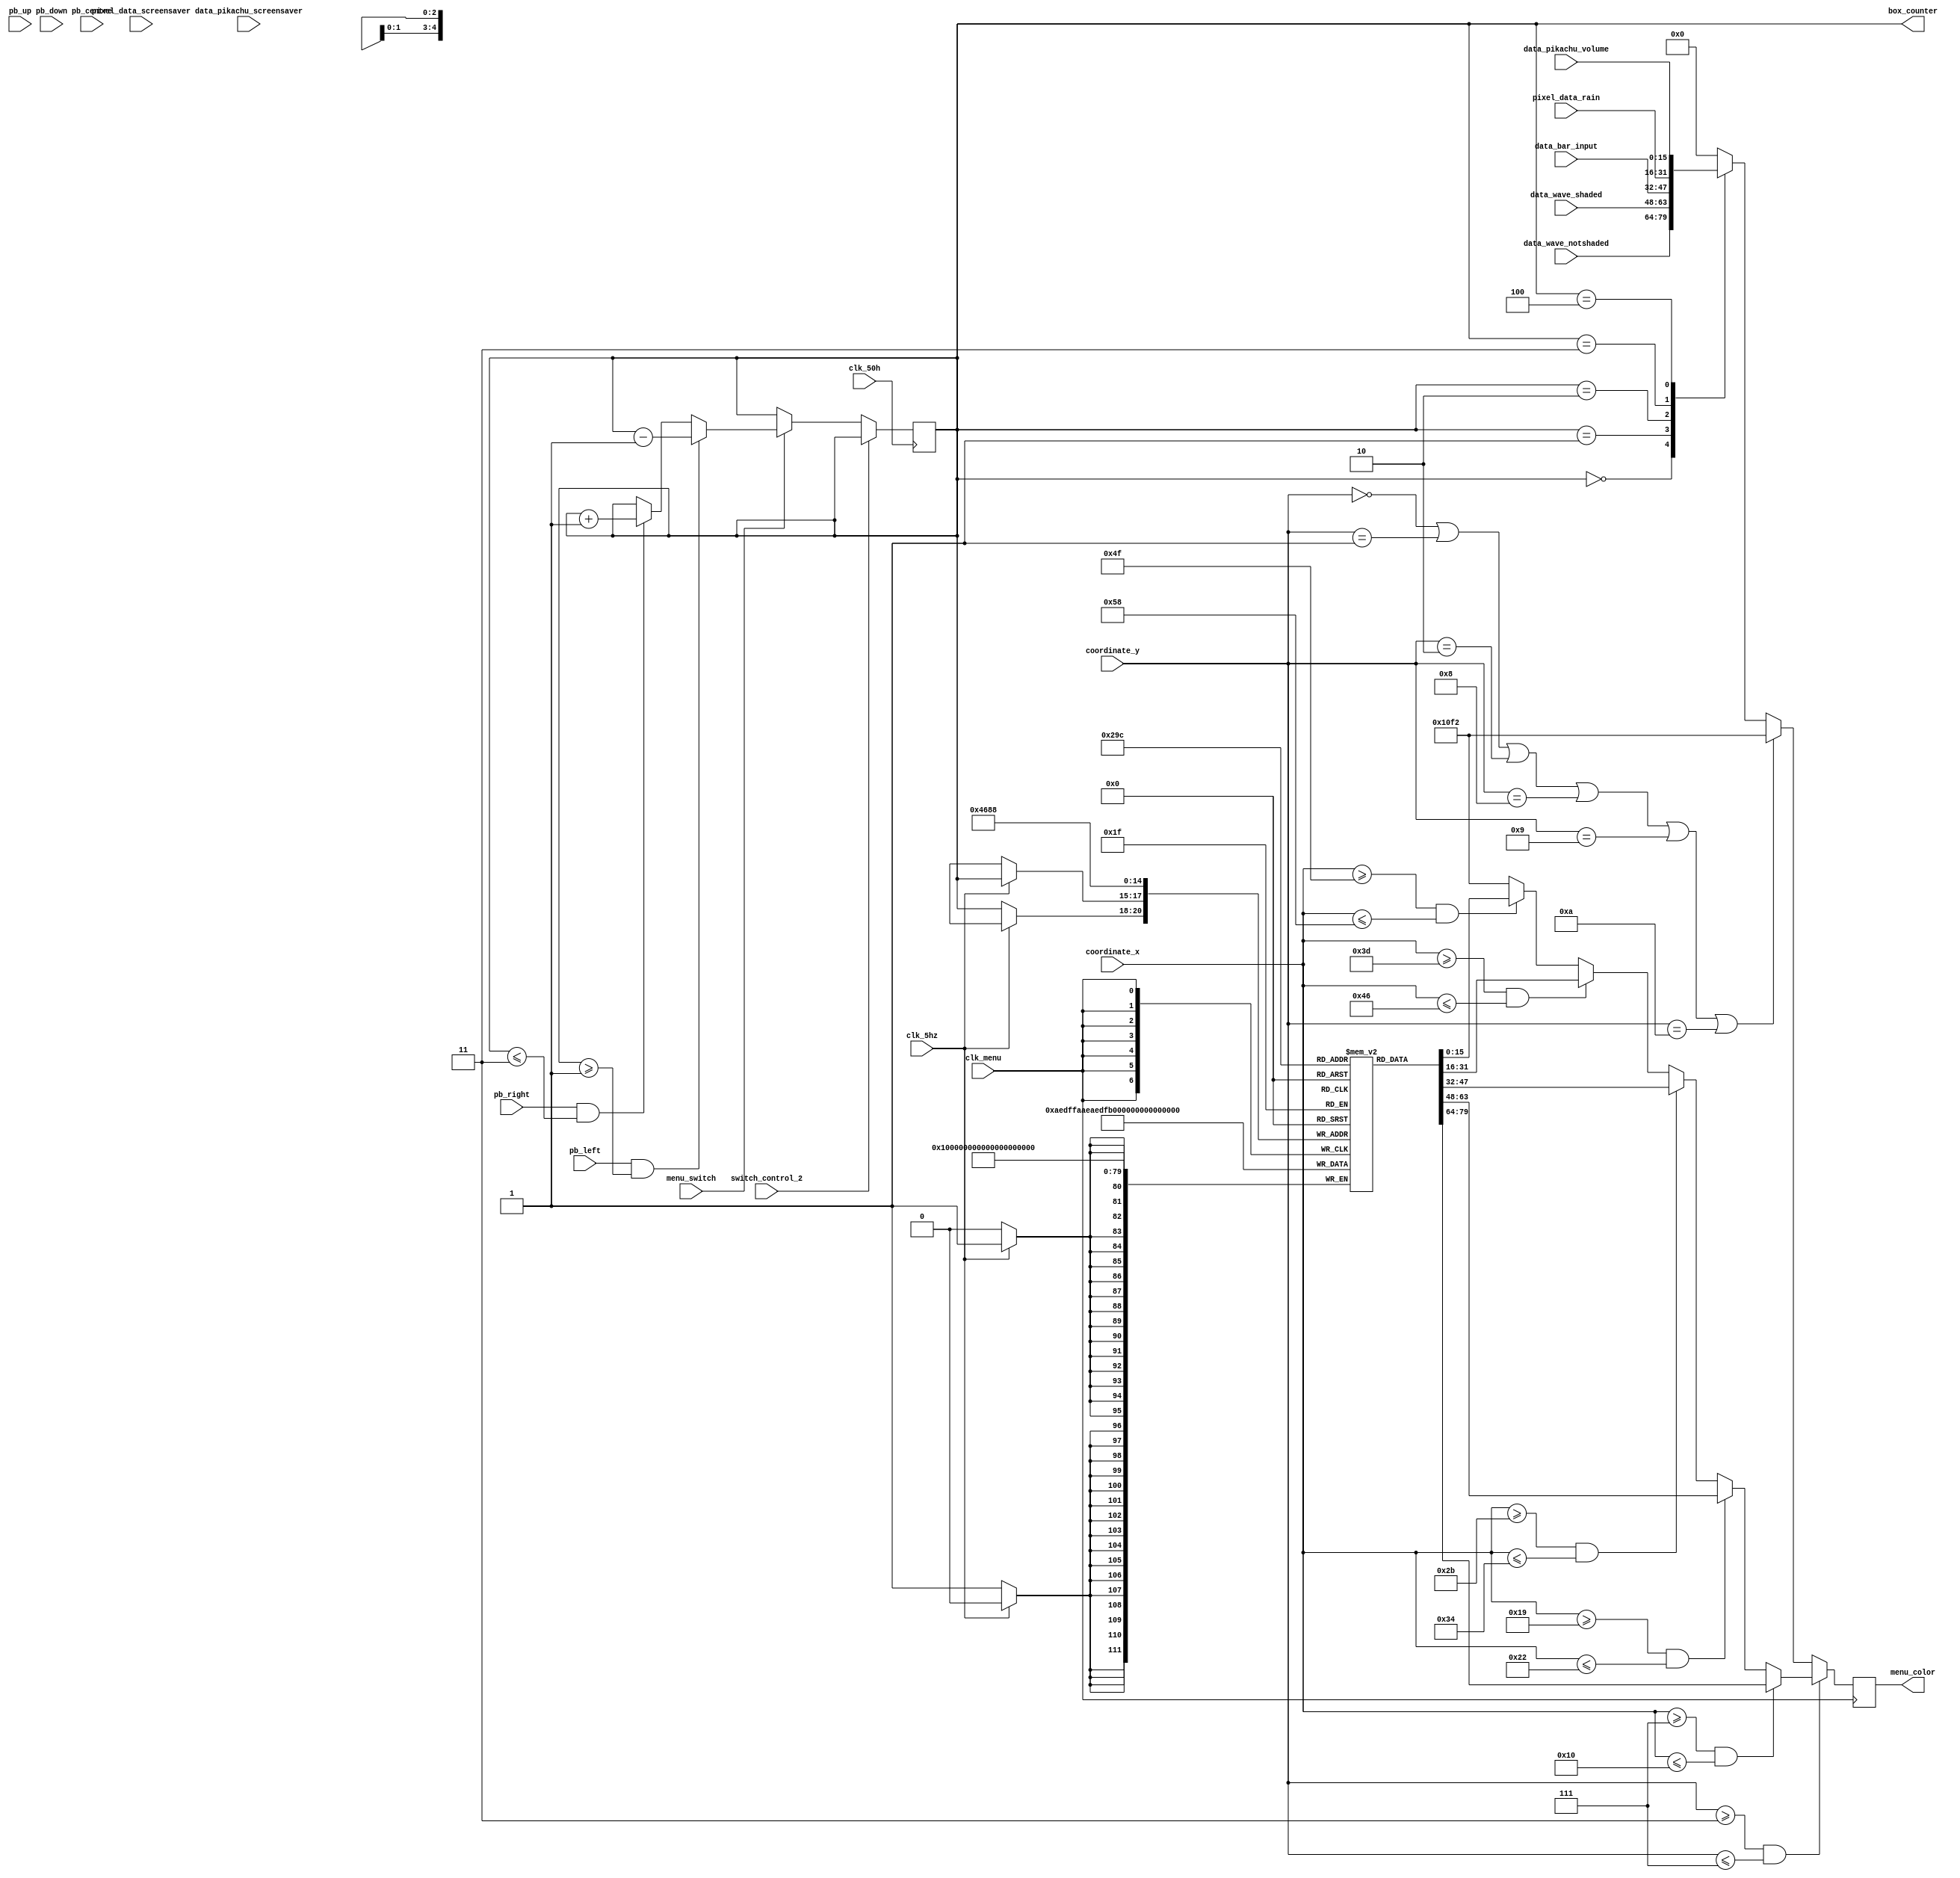
`timescale 1ns / 1ps
//////////////////////////////////////////////////////////////////////////////////
// Company: 
// Engineer: 
// 
// Design Name: 
// Module Name: me_n_u_jess
// Project Name: 
// Target Devices: 
// Tool Versions: 
// Description: 
// 
// Dependencies: 
// 
// Revision:
// Revision 0.01 - File Created
// Additional Comments:
// 
//////////////////////////////////////////////////////////////////////////////////

module me_n_u_jess(input clk_menu, clk_50h, clk_5hz, input [7:0] coordinate_x, input [6:0] coordinate_y, 
                   input [15:0] data_wave_notshaded,data_wave_shaded, data_bar_input ,data_pikachu_volume, data_pikachu_screensaver,pixel_data_screensaver,pixel_data_rain,
                   input switch_control_2, // to be sent to all the menu systems so that when SW is on, it is reserved for the sampling
                   input pb_left, pb_up, pb_right, pb_down, pb_centre,menu_switch, 
                   output reg [15:0] menu_color = 0, output reg [2:0] box_counter = 0);

reg [15:0] menu_selector [0:4];

   always@(posedge clk_50h) // clock same as single pulse clock
   begin
        if(switch_control_2 == 0)
            if(menu_switch == 1)
            begin
                if(pb_right == 1 && box_counter <=3) box_counter <= box_counter + 1;
                if(pb_left == 1 && box_counter >=1) box_counter <= box_counter - 1;
            end
   end
   
    always @(posedge clk_menu)
    begin
    menu_selector[0] <= 16'hAEDF;
    menu_selector[1] <= 16'hAEDF;
    menu_selector[2] <= 16'hAEDF;
    menu_selector[3] <= 16'hAEDF;
    menu_selector[4] <= 16'hAEDF;
    
   // menu_selector[box_counter] <= 16'b11111_000000_00000;
    if(clk_5hz == 1)
        menu_selector[box_counter] <= 16'hFAAE;
    else
        menu_selector[box_counter] <= 16'hAEDF;
   
    if(coordinate_y >=3 && coordinate_y <= 7) // square boxes
    begin
            if (coordinate_x >= 7 && coordinate_x <= 16) menu_color <= menu_selector[0];
            else if (coordinate_x >= 25 && coordinate_x <= 34) menu_color <= menu_selector[1];
            else if (coordinate_x >= 43 && coordinate_x <= 52) menu_color <= menu_selector[2];
            else if (coordinate_x >= 61 && coordinate_x <= 70) menu_color <= menu_selector[3];
            else if (coordinate_x >= 79 && coordinate_x <= 88) menu_color <= menu_selector[4];
            else 
                begin
                    menu_color <= 16'h10F2; //Dark Blue
                end         
    end
    
        else if(coordinate_y == 0 ||coordinate_y == 1 ||coordinate_y == 2 ||coordinate_y == 8 ||coordinate_y == 9 || coordinate_y == 10) menu_color <= 16'h10F2;
        // else if(coordinate_y == 11 || coordinate_y == 13) menu_color <= 16'b11100_000000_11100; menu bottom border
        
        else
        case(box_counter)
            3'b000 : menu_color <= data_wave_notshaded;
            3'b001 : menu_color <= data_wave_shaded;
            3'b010 : menu_color <= data_bar_input;
            3'b011 : menu_color <= pixel_data_rain;
            3'b100 : menu_color <= data_pikachu_volume;
            default: menu_color <= 0;
        endcase
    end
endmodule